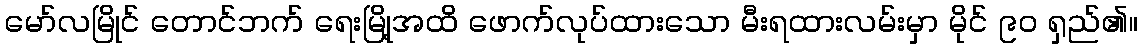
မော်လမြိုင် တောင်ဘက် ရေးမြို့အထိ ဖောက်လုပ်ထားသော မီးရထားလမ်းမှာ မိုင် ၉၀ ရှည်၏။